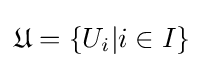
{\mathfrak {U}}=\{U_{i}|i\in I\}